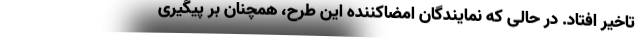
تاخیر افتاد. در حالی که نمایندگان امضاکننده این طرح، همچنان بر پیگیری